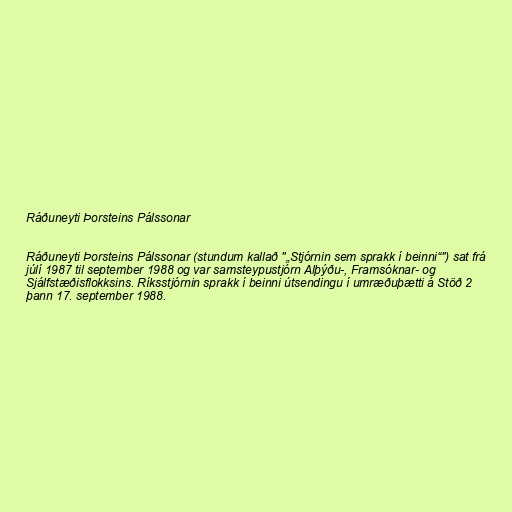
Ráðuneyti Þorsteins Pálssonar

Ráðuneyti Þorsteins Pálssonar (stundum kallað "„Stjórnin sem sprakk í beinni“") sat frá
júlí 1987 til september 1988 og var samsteypustjórn Alþýðu-, Framsóknar- og
Sjálfstæðisflokksins. Ríksstjórnin sprakk í beinni útsendingu í umræðuþætti á Stöð 2
þann 17. september 1988.